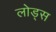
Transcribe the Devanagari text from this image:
लोड्स